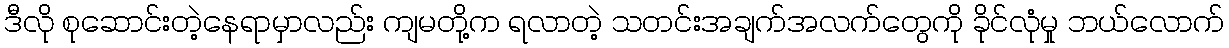
ဒီလို စုဆောင်းတဲ့နေရာမှာလည်း ကျမတို့က ရလာတဲ့ သတင်းအချက်အလက်တွေကို ခိုင်လုံမှု ဘယ်လောက်